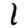
Digit: 1